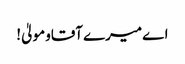
اےمیرےآقاومولیٰ!